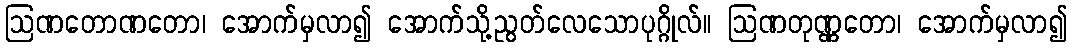
ဩဏတောဏတော၊ အောက်မှလာ၍ အောက်သို့ညွတ်လေသောပုဂ္ဂိုလ်။ ဩဏတုဏ္ဏတော၊ အောက်မှလာ၍